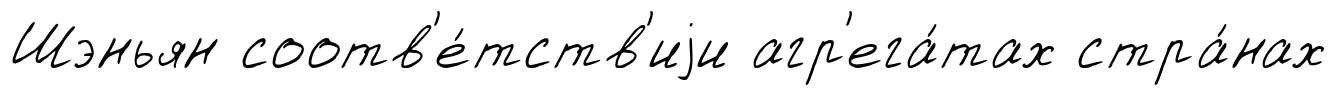
Шэньян соотв'е́тств'иjи агр'ега́тах стра́нах